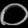
Digit: ၀